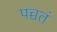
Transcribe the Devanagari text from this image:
पच्चतं